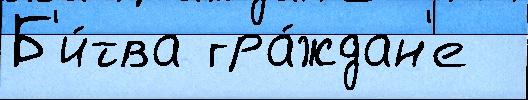
Б'и́тва гра́ждан'е